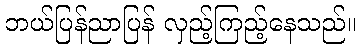
ဘယ်ပြန်ညာပြန် လှည့်ကြည့်နေသည်။